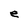
Character: e